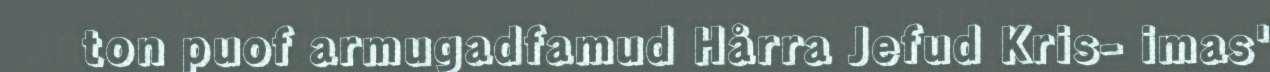
ton puof armugadfamud Hårra Jefud Kris- imas'